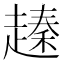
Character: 𧽕